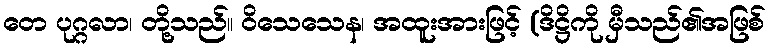
တေ ပုဂ္ဂလာ၊ တို့သည်။ ဝိသေသေန၊ အထူးအားဖြင့် (ဒိဋ္ဌိကို မှီသည်၏အဖြစ်